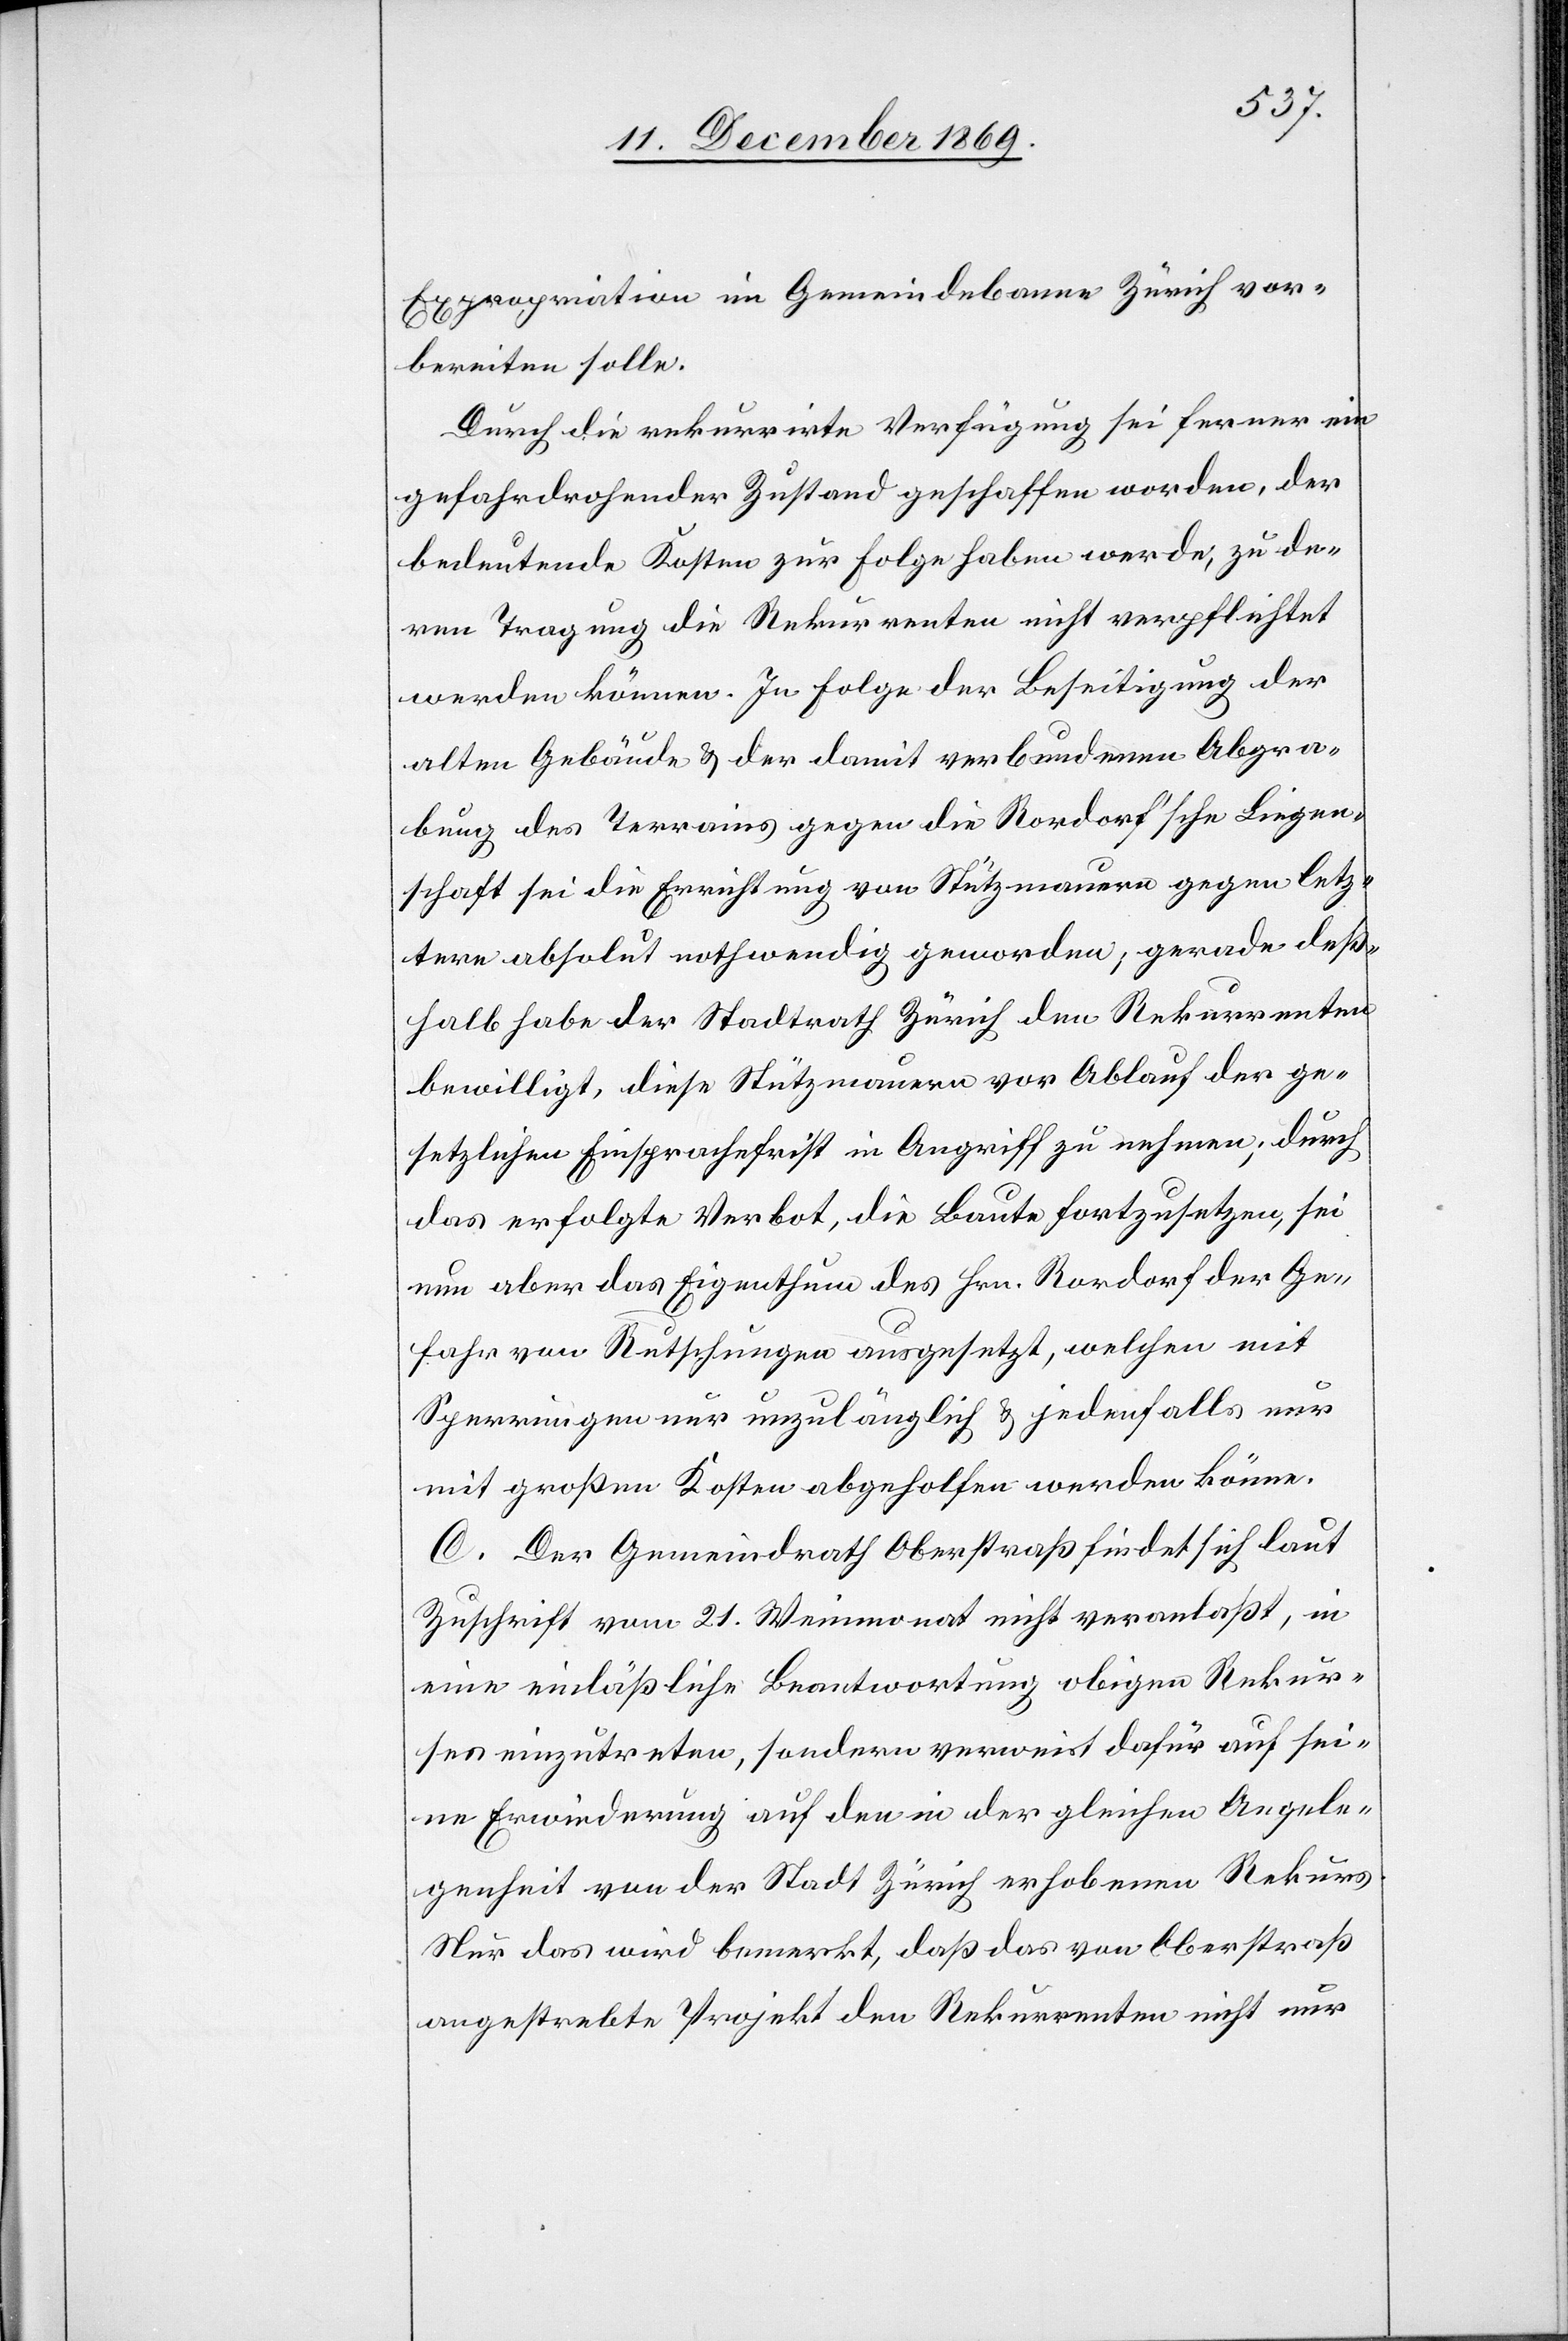
Expropriation im Gemeindebanne Zürich vor¬
bereiten solle.
Durch die rekurrirte Verfügung sei ferner ein
gefahrdrohender Zustand geschaffen worden, der
bedeutende Kosten zur Folge haben werde, zu de¬
ren Tragung die Rekurrenten nicht verpflichtet
werden können. In Folge der Beseitigung der
alten Gebäude & der damit verbundenen Abgra¬
bung des Terrains gegen die Rordorf’sche Liegen¬
schaft sei die Errichtung von Stützmauern gegen letz¬
tere absolut nothwendig geworden; gerade deß¬
halb habe der Stadtrath Zürich den Rekurrenten
bewilligt, diese Stützmauern vor Ablauf der ge¬
setzlichen Einsprachefrist in Angriff zu nehmen; durch
das erfolgte Verbot, die Baute fortzusetzen, sei
nun aber das Eigenthum des Hrn. Rordorf der Ge¬
fahr von Rutschungen ausgesetzt, welchen mit
Sperrungen nur unzulänglich & jedenfalls nur
mit großen Kosten abgeholfen werden könne.
C. Der Gemeindrath Oberstraß findet sich laut
Zuschrift vom 21. Weinmonat nicht veranlaßt, in
eine einläßliche Beantwortung obigen Rekur¬
ses einzutreten, sondern verweist dafür auf sei¬
ne Erwiederung auf den in der gleichen Angele¬
genheit von der Stadt Zürich erhobenen Rekurs.
Nur das wird bemerkt, daß das von Oberstraß
angestrebte Projekt den Rekurrenten nicht nur